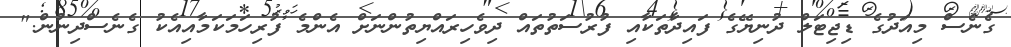
ގެނެސް މިއަދުގެ ޑިޖިޓަލް ދުނިޔޭގެ ފައިދާތަކާއި ފުރުސަތުތައް ދިވެހިރައްޔިތުންނަށް އެންމެ ފުރިހަމަކަމާއިއެކު ގެނެސްދިނުން."